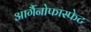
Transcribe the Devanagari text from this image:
आर्गैनोफास्फेट